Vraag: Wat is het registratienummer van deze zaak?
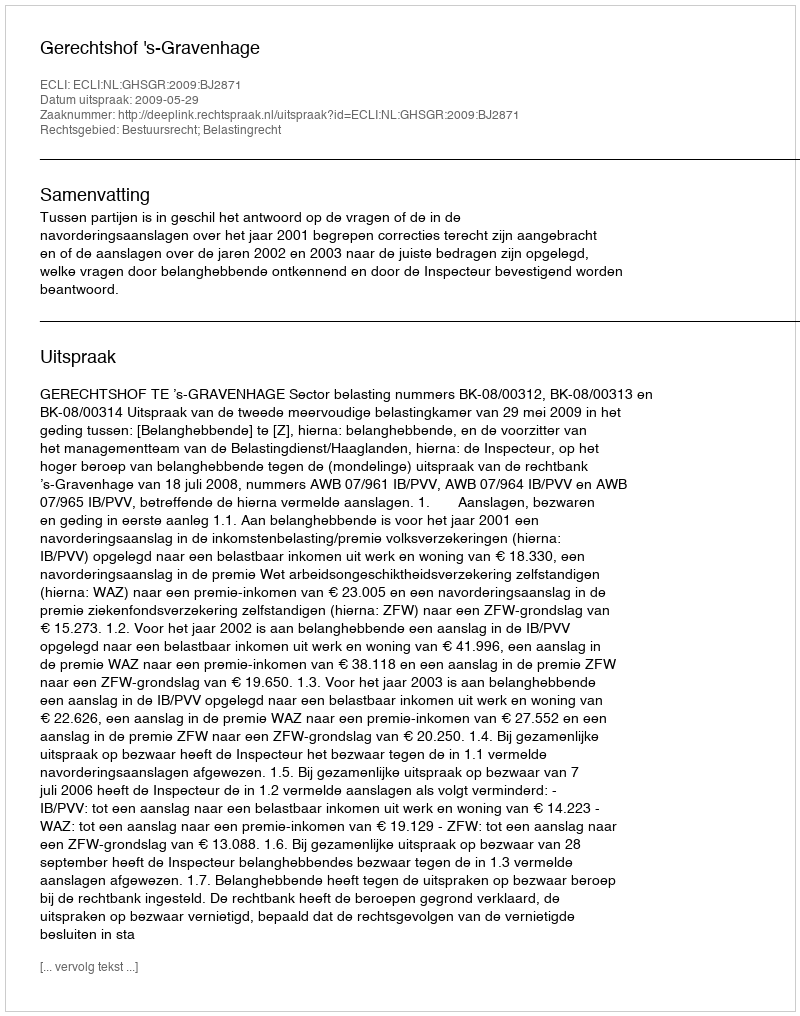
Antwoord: http://deeplink.rechtspraak.nl/uitspraak?id=ECLI:NL:GHSGR:2009:BJ2871